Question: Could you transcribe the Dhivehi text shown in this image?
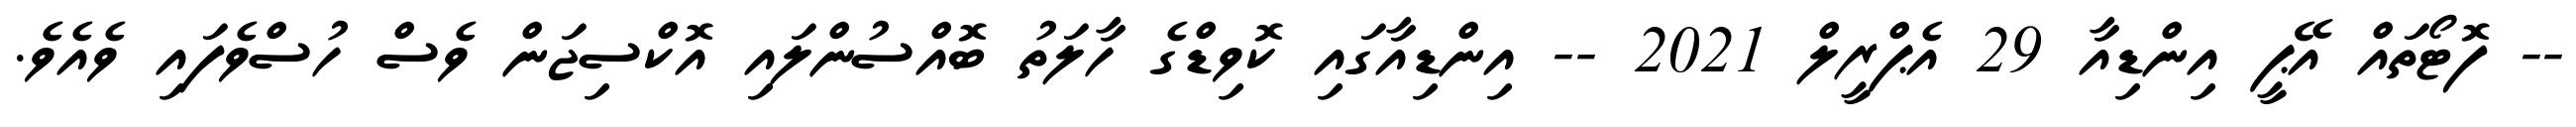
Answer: -- ފޮޓޯތައް އޭޕީ އިންޑިއާ 29 އެޕްރީލް 2021 -- އިންޑިއާގައި ކޮވިޑްގެ ހާލަތު ބޮއްސުންލައި އޮކްސިޖަން ވެސް ހުސްވެފައި ވެއެވެ.